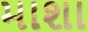
માશા